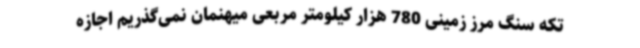
تکه سنگ مرز زمینی 780 هزار کیلومتر مربعی میهنمان نمی‌گذریم اجازه